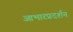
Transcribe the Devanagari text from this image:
आभारप्रदर्शन